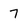
Character: 7